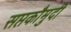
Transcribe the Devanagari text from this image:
सप्तकौमुदी